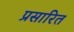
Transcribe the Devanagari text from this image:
प्रसारित